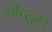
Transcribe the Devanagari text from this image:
ओष्ठ्य